Annual administration report of the Civil Veterinary Department, Sind - 1944-1945
Year: 1944
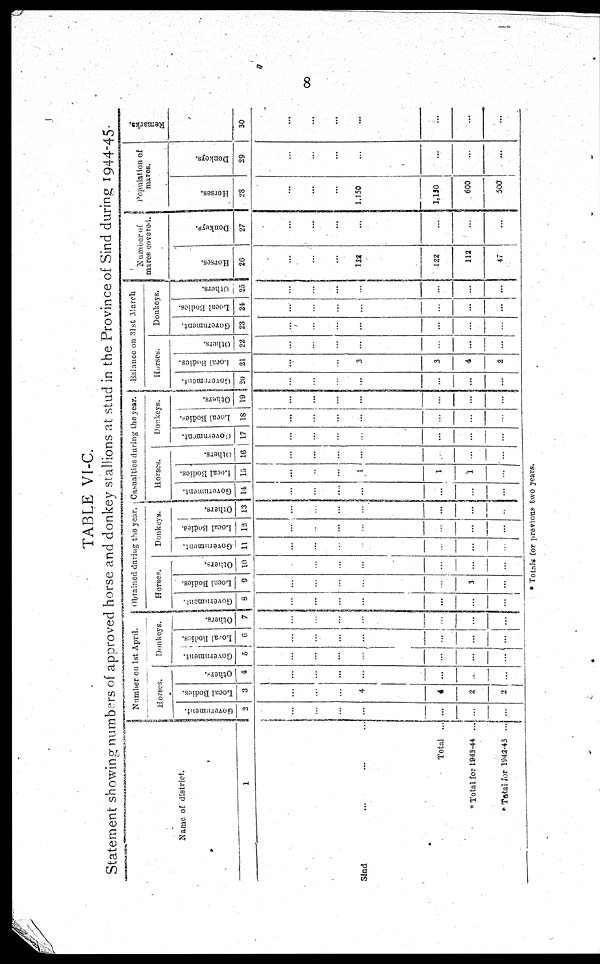
8
TABLE VI-C.
Statement showing numbers of approved horse and donkey stallions at stud in the Province of Sind during 1944-45.
Name of district.
1
Sind ... ...
Total ...
* Total for 1943-44 ...
* Total for 1942-43 ...
Number on 1st April.
Horses.
Government.
2
...
...
...
...
...
...
...
Local Bodies.
3
...
...
...
4
4
2
2
Others.
4
...
...
...
...
...
...
...
Donkeys.
Government.
5
...
...
...
...
...
...
...
Local Bodies.
6
...
...
...
...
...
...
...
Others.
7
...
...
...
...
...
...
...
Obtained during the year.
Horses.
Government.
8
...
...
...
...
...
...
...
Local Bodies.
9
...
...
...
...
...
3
...
Others.
10
...
...
...
...
...
...
...
Donkeys.
Government.
11
...
...
...
...
...
...
...
Local Bodies.
12
...
...
...
...
...
...
...
Others.
13
...
...
...
...
...
...
...
Casualties during the year.
Horses.
Government.
14
...
...
...
...
...
...
...
Local Bodies.
15
...
...
...
1
1
1
...
Others.
16
...
...
...
...
...
...
...
Donkeys.
Government.
17
...
...
...
...
...
...
...
Local Bodies.
18
...
...
...
...
...
...
...
Others.
19
...
...
...
...
...
...
...
Balance on 31st March
Horses.
Government.
20
...
...
...
...
...
...
...
Local Bodies.
21
...
...
...
3
3
4
2
Others.
22
...
...
...
...
...
...
...
Donkeys.
Government.
23
...
...
...
...
...
...
...
Local Bodies.
24
...
...
...
...
...
...
...
Others.
25
...
...
...
...
...
...
...
Number of
mures covered.
Horses.
26
...
...
...
122
122
112
47
Donkeys.
27
...
...
...
...
...
...
...
Population of
mures.
Horses.
28
...
...
...
1,150
1,150
600
500
Donkeys.
29
...
...
...
...
...
...
...
Remarks.
30
...
...
...
...
...
...
...
* Totals for previous two years.